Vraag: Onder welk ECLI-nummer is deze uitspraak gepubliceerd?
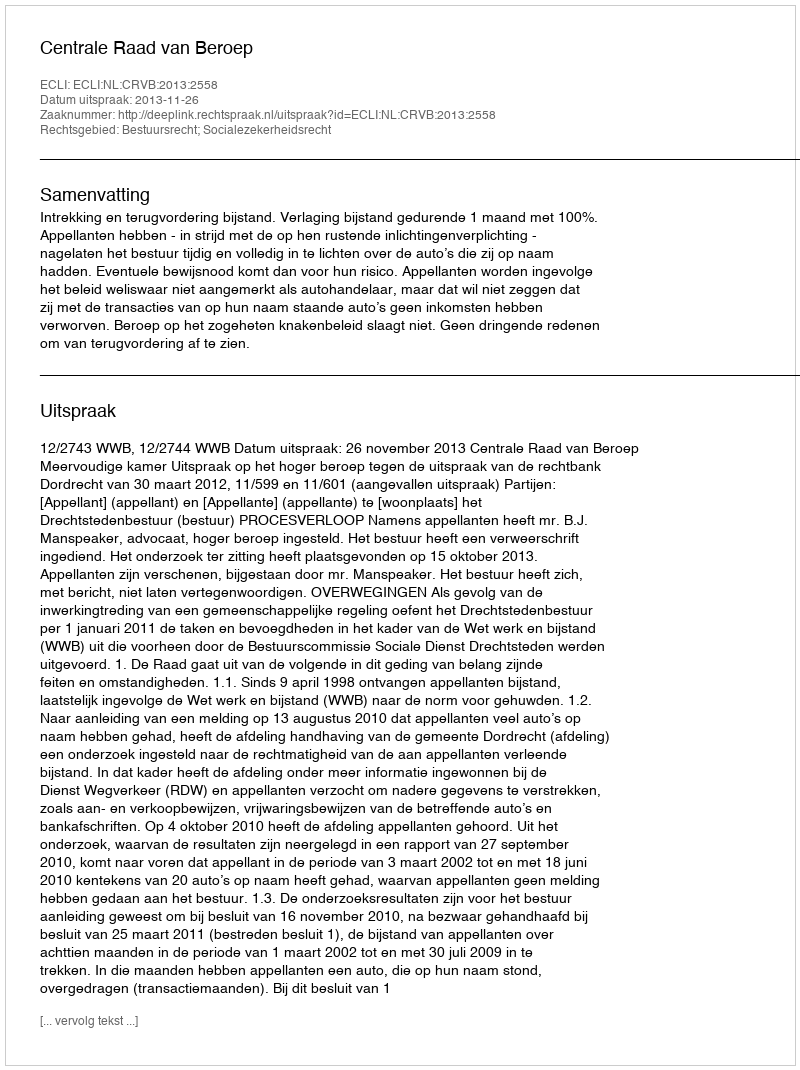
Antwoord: ECLI:NL:CRVB:2013:2558